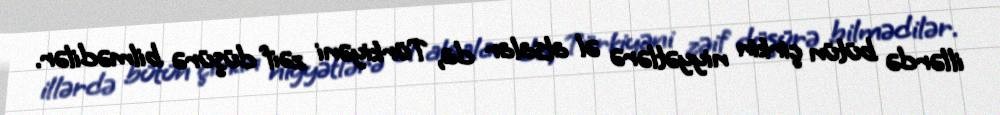
illərdə bütün çirkin niyyətlərə əl atsalar da, Türkiyəni zəif düşürə bilmədilər.